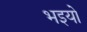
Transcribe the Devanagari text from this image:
भइयो